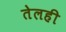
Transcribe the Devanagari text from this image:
तेलही